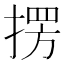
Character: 𭡥